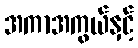
အကာအကွယ်နှင့်